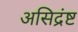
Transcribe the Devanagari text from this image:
असिद्रंष्ट